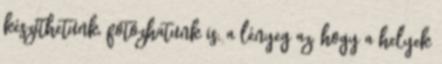
készíthetünk, fotózhatunk is, a lényeg az, hogy a helyek